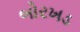
બોરખડ